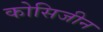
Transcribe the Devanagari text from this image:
कोसिजीन